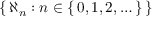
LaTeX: \left\{ \, \aleph _ { n } : n \in \left\{ \, 0 , 1 , 2 , \dots \, \right\} \, \right\}